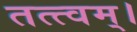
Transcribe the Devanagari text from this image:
तत्त्‍वम्।